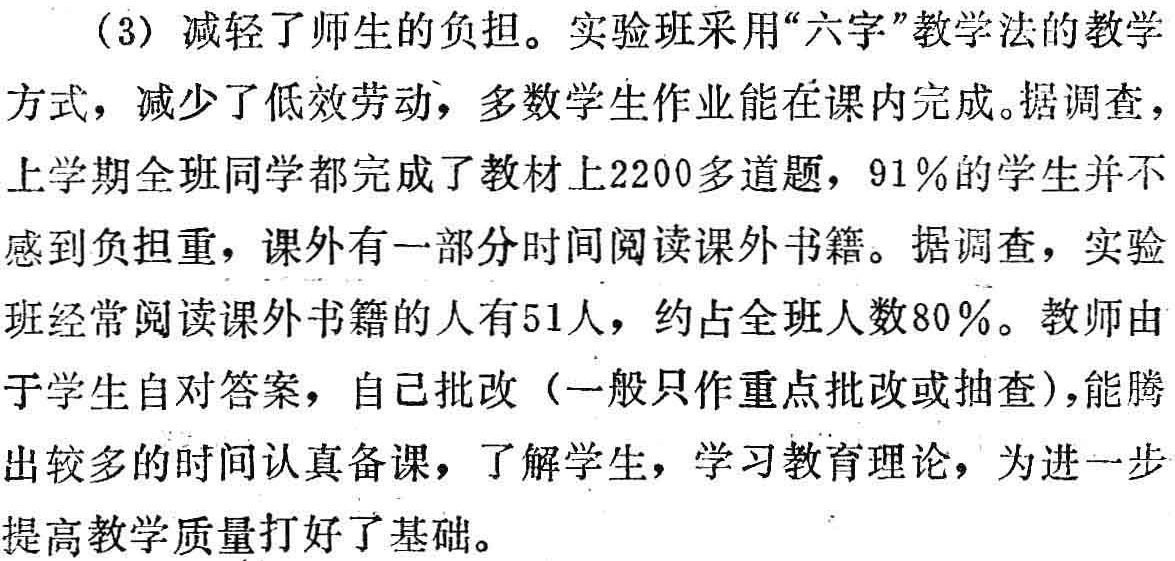
（3）减轻了师生的负担。实验班采用“六字”教学法的教学方式，减少了低效劳动，多数学生作业能在课内完成。据调查，上学期全班同学都完成了教材上2200多道题，91\%的学生并不感到负担重，课外有一部分时间阅读课外书籍。据调查，实验班经常阅读课外书籍的人有51人，约占全班人数80\%。教师由于学生自对答案，自己批改（一般只作重点批改或抽查），能腾出较多的时间认真备课，了解学生，学习教育理论，为进一步提高教学质量打好了基础。